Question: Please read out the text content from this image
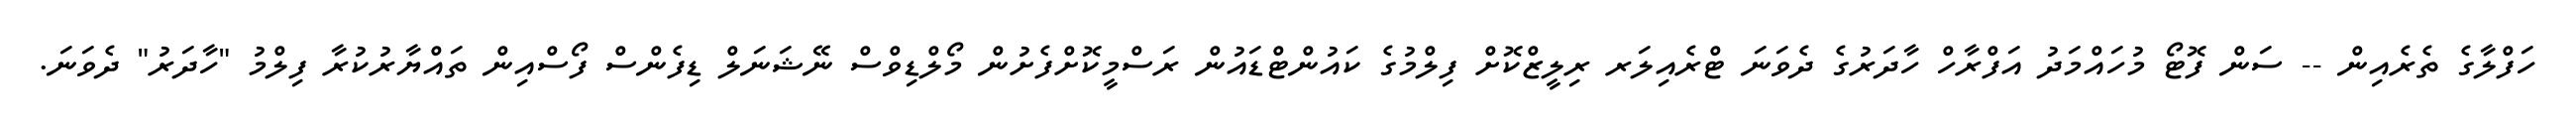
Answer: ހަފްލާގެ ތެރެއިން -- ސަން ފޮޓޯ މުހައްމަދު އަފްރާހް ހާދަރުގެ ދެވަނަ ޓްރެއިލަރ ރިލީޒްކޮށް ފިލްމުގެ ކައުންޓްޑައުން ރަސްމީކޮށްފެށުން މޯލްޑިވްސް ނޭޝަނަލް ޑިފެންސް ފޯސްއިން ތައްޔާރުކުރާ ފިލްމު "ހާދަރު" ދެވަނަ.